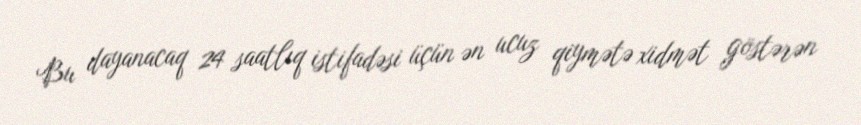
Bu dayanacaq 24 saatlıq istifadəsi üçün ən ucuz qiymətə xidmət göstərən